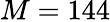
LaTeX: M=144